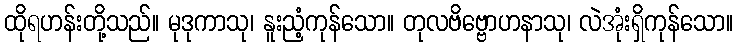
ထိုရဟန်းတို့သည်။ မုဒုကာသု၊ နူးညံ့ကုန်သော။ တုလဗိဗ္ဗောဟနာသု၊ လဲအုံးရှိကုန်သော။